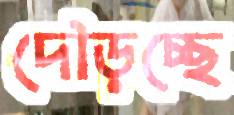
দৌড়চ্ছে